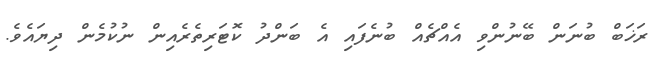
ރަޚަބް ބުނަން ބޭނުންވި އެއްޗެއް ބުނެފައި އެ ބަންދު ކޮޓަރިތެރެއިން ނުކުމެން ދިޔައެވެ.